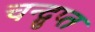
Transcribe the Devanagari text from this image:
चन्द्गुप्त